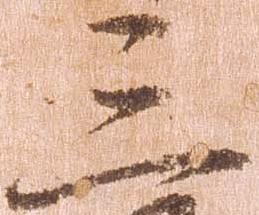
三